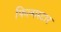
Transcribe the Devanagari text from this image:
फिल्मस्टार